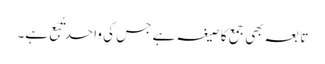
تابعہ بھی جمع کا صیغہ ہے جس کی واحد تُبَّع ہے۔